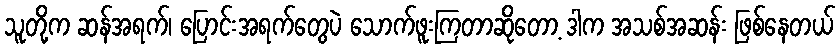
သူတို့က ဆန်အရက်၊ ပြောင်းအရက်တွေပဲ သောက်ဖူးကြတာဆိုတော့ ဒါက အသစ်အဆန်း ဖြစ်နေတယ်